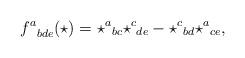
LaTeX: \begin{align*}{f^a}_{bde}(\star)={\star^a}_{bc}{\star^c}_{de} - {\star^c}_{bd}{\star^a}_{ce},\end{align*}